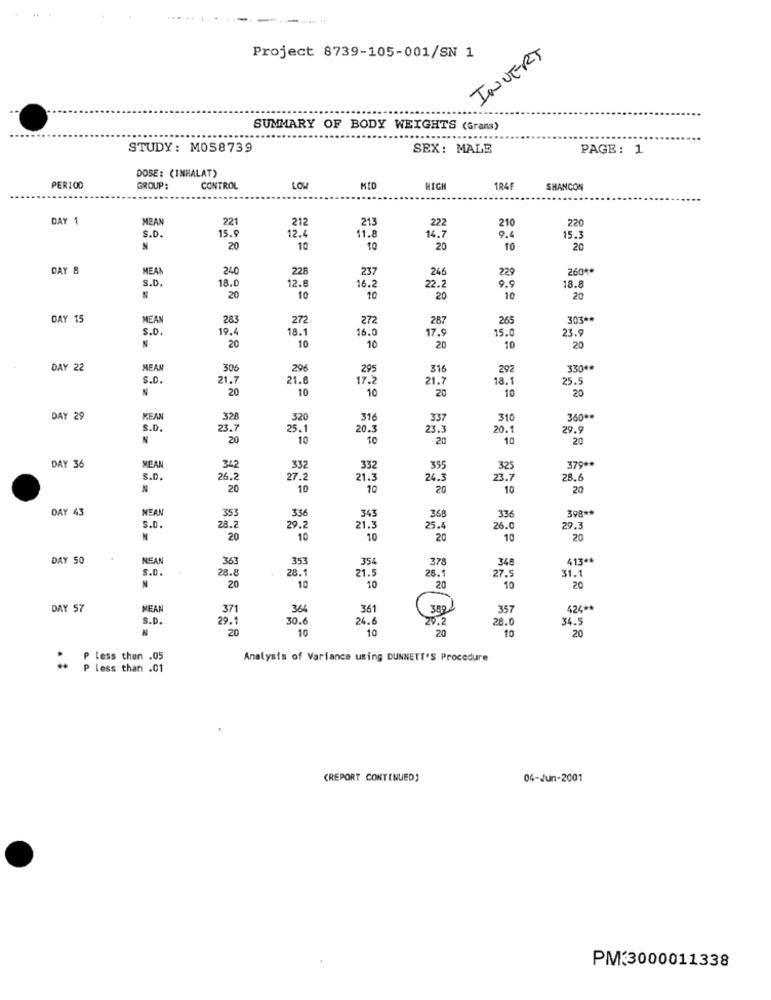
------
INVERT
Project 8739-105-001/SN 1
SUMMARY OF BODY WEIGHTS (Grans)
.......
STUDY: M058739
SEX: MALE
PAGE: 1
DOSE: (INHALAT)
PER100
GROUP:
CONTROL
LOW
MID
HIGH
SHANCON
DAY 1
MEAN
221
212
213
210
220
15.9
12.
222
9.4
S.D.
11.8
16.7
15.3
20
10
10
20
10
20
DAY 8
MEAN
240
228
237
246
229
260 **
18.0
S.D.
12.8
16.2
22.2
9.9
18.8
20
10
10
20
10
20
DAY 15
MEAN
283
272
272
287
265
303 **
19.4
18.1
16.0
17.9
15.0
23.9
S.D.
10
20
10
20
10
20
DAY 22
MEAN
306
296
295
316
292
330+
S.D.
21.7
21.
17.2
21.7
18.1
25.5
N
20
10
10
20
10
20
DAY 29
MEAN
328
320
316
337
310
360 **
S.D.
23.1
25.1
20.3
23.3
20.1
29.9
N
20
10
10
20
10
20
DAY 36
MEAN
342
332
332
355
325
379 **
S.D.
26.2
27.2
21.3
24.
23.7
28.6
20
10
10
20
10
20
DAY 43
NEA
353
336
343
368
398 **
28.7
21.1
336
S.D.
29.
25.4
26.0
29.3
N
20
10
10
20
10
20
DAY 50
NEA
363
353
354
378
348
413+4
s.D.
28.8
28.1
21.
26.
31.1
27.5
20
10
10
20
10
20
DAY 57
MEAN
371
364
361
3821
357
424 **
S.D.
29.1
30.
24.6
29.2
28.0
34.5
N
20
10
10
20
10
20
Analysis of Variance using DUNNETT'S Procedure
** p less than .01
(REPORT CONTINUED]
04-Jun-2001
PM:3000011338